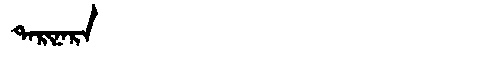
Manchu: ᡨᠠᡵᡳᠨᠠᡵᠠ
Romanization: TARINARA